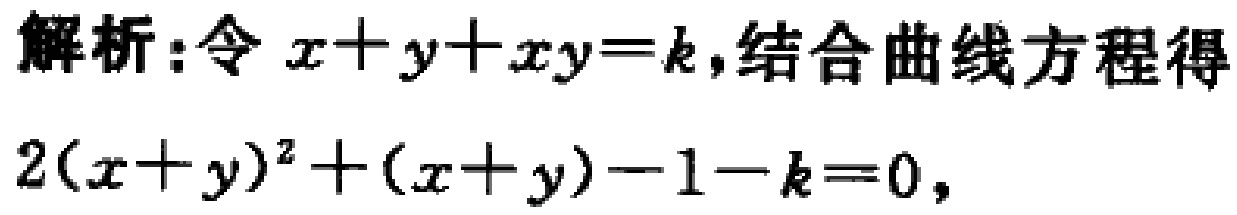
解析:令 \(x + y+xy = k\),结合曲线方程得
\(2(x + y)^2+(x + y)-1 - k = 0\),